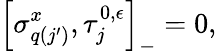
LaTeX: \left[\sigma_{q(j^{\prime})}^{x},\tau_{j}^{0,\epsilon}\right]_{-}=0,